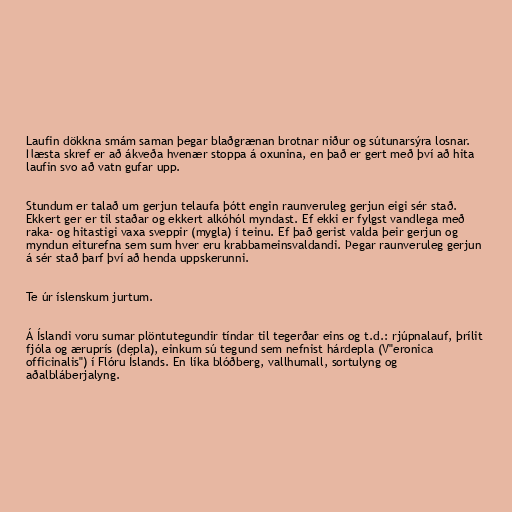
Laufin dökkna smám saman þegar blaðgrænan brotnar niður og sútunarsýra losnar.
Næsta skref er að ákveða hvenær stoppa á oxunina, en það er gert með því að hita
laufin svo að vatn gufar upp.

Stundum er talað um gerjun telaufa þótt engin raunveruleg gerjun eigi sér stað.
Ekkert ger er til staðar og ekkert alkóhól myndast. Ef ekki er fylgst vandlega með
raka- og hitastigi vaxa sveppir (mygla) í teinu. Ef það gerist valda þeir gerjun og
myndun eiturefna sem sum hver eru krabbameinsvaldandi. Þegar raunveruleg gerjun
á sér stað þarf því að henda uppskerunni.

Te úr íslenskum jurtum.

Á Íslandi voru sumar plöntutegundir tíndar til tegerðar eins og t.d.: rjúpnalauf, þrílit
fjóla og æruprís (depla), einkum sú tegund sem nefnist hárdepla (V"eronica
officinalis") í Flóru Íslands. En líka blóðberg, vallhumall, sortulyng og
aðalbláberjalyng.